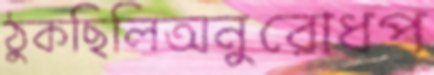
ঠুকছিলিঅনুরোধপ